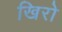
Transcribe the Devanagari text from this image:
खिरो